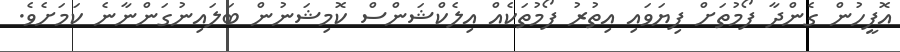
އޮފީހުން ގެންދާ ފޯމުތަށް ފިޔަވައި އިތުރު ފޯމުތަކެއް އިލެކްޝަންސް ކޮމިޝަނުން ބަލައިނުގަންނާނެ ކަމަށެވެ.